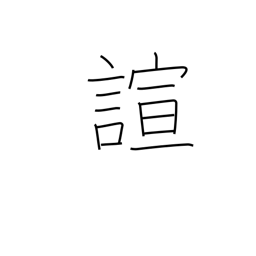
Meaning: forget